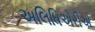
અલિધિએરીએ